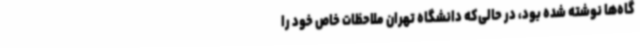
گاه‌ها نوشته شده بود، در حالی‌که دانشگاه تهران ملاحظات خاص خود را